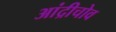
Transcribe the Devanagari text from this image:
आंद्रीचोव